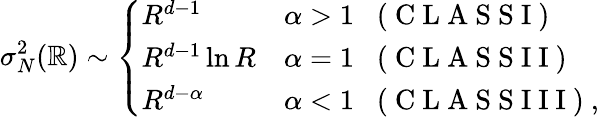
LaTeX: \sigma_{N}^{2}(\mathbb{R})\sim\left\{ \begin{array}{ll}{R^{d-1}}&{\alpha>1\; \; \mathrm{~(~C~L~A~S~S~I~)~}}\\ {R^{d-1}\ln R}&{\alpha=1\; \; \mathrm{~(~C~L~A~S~S~I~I~)~}}\\ {R^{d-\alpha}}&{\alpha<1\; \; \mathrm{~(~C~L~A~S~S~I~I~I~)~},}\end{array}\right.